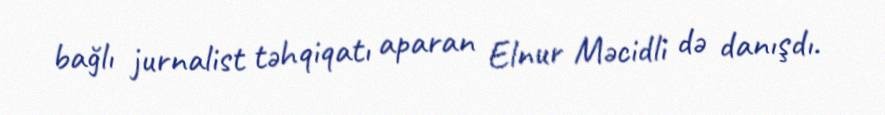
bağlı jurnalist təhqiqatı aparan Elnur Məcidli də danışdı.